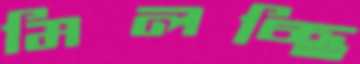
মিলচ্ছি